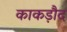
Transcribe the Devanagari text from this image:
काकड़ौद